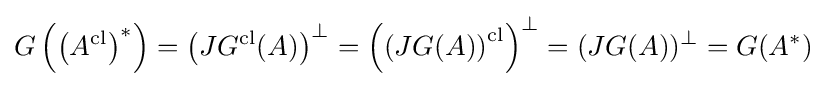
G\left(\left(A^{\text{cl}}\right)^{*}\right)=\left(JG^{\text{cl}}(A)\right)^{\perp }=\left(\left(JG(A)\right)^{\text{cl}}\right)^{\perp }=(JG(A))^{\perp }=G(A^{*})